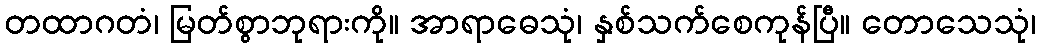
တထာဂတံ၊ မြတ်စွာဘုရားကို။ အာရာဓေသုံ၊ နှစ်သက်စေကုန်ပြီ။ တောသေသုံ၊